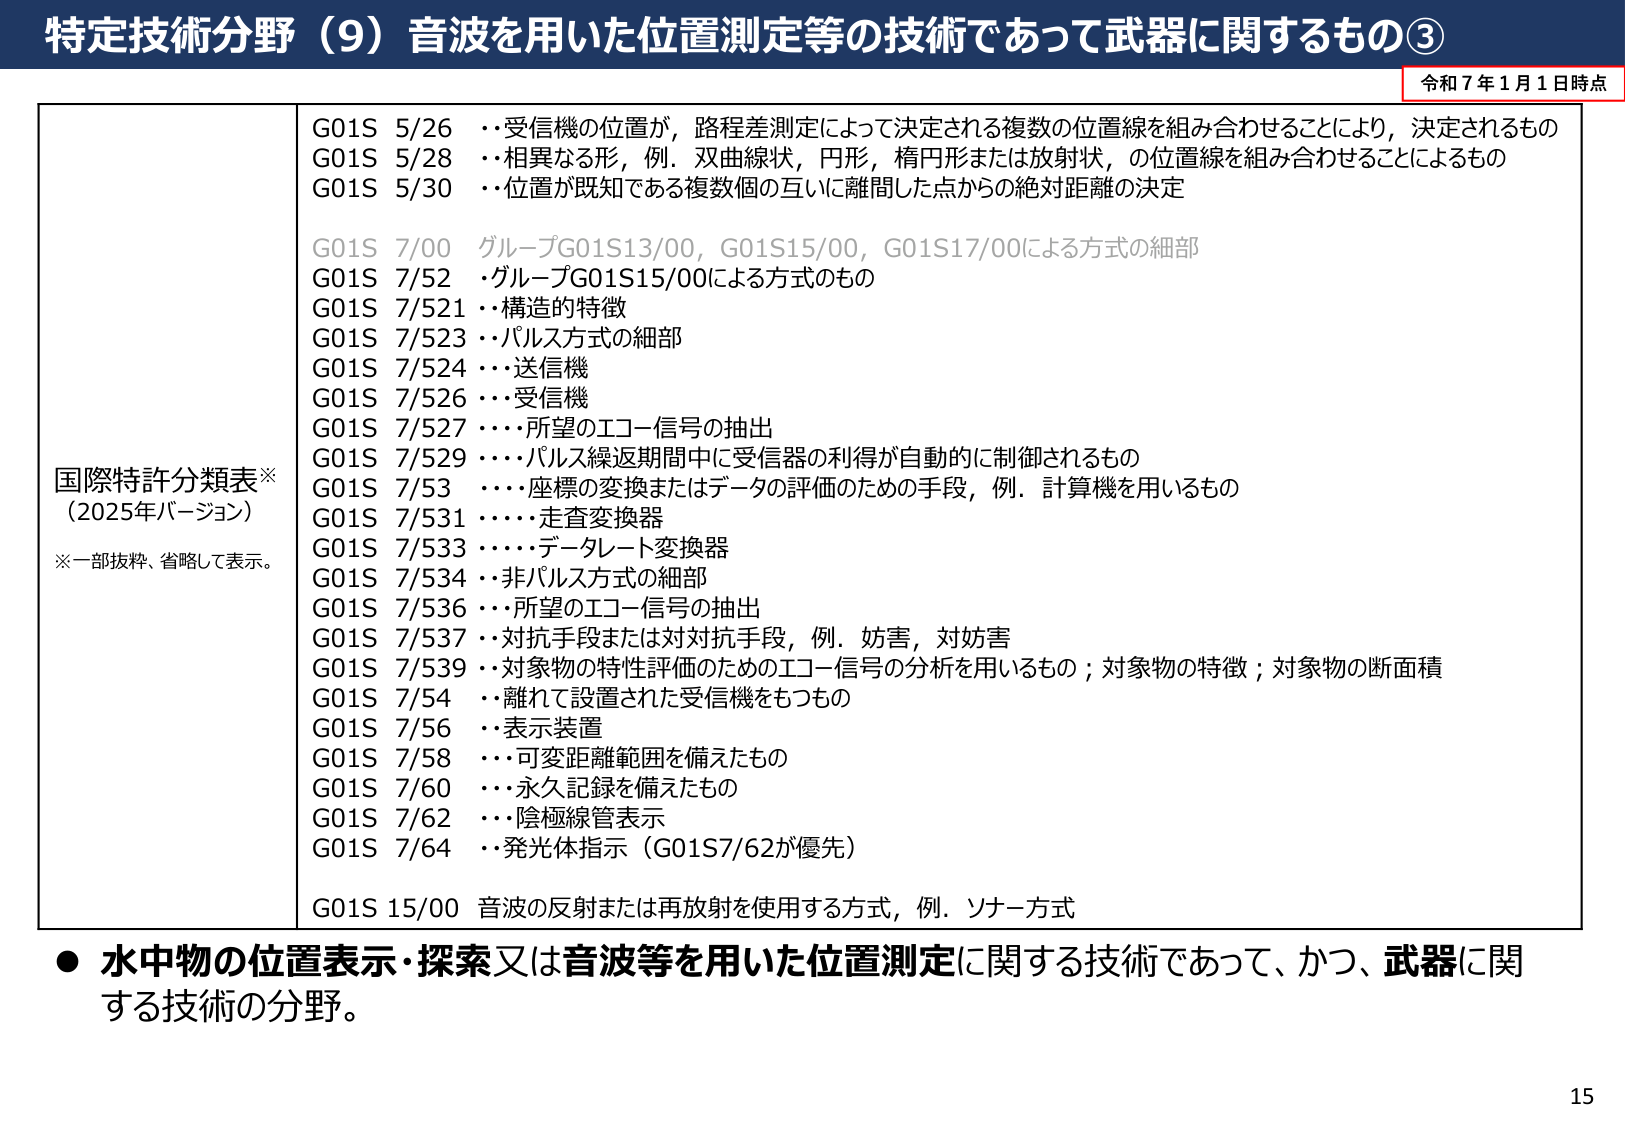
特定技術分野（9）音波を用いた位置測定等の技術であって武器に関するもの③

令和7年1月1日時点

国際特許分類表※
（2025年バージョン）
※一部抜粋、省略して表示。

G01S 5/26 ・・受信機の位置が、路程差測定によって決定される複数の位置線を組み合わせることにより、決定されるもの
G01S 5/28 ・・相異なる形，例．双曲線状，円形，楕円形または放射状，の位置線を組み合わせることによるもの
G01S 5/30 ・・位置が既知である複数個の互いに離間した点からの絶対距離の決定

G01S 7/00 グループG01S13/00，G01S15/00，G01S17/00による方式の細部
G01S 7/52 ･グループG01S15/00による方式のもの
G01S 7/521 ・・構造的特徴
G01S 7/523 ・・パルス方式の細部
G01S 7/524 ・・・送信機
G01S 7/526 ・・・受信機
G01S 7/527 ・・・・所望のエコー信号の抽出
G01S 7/529 ・・・・パルス繰返期間中に受信器の利得が自動的に制御されるもの
G01S 7/53 ・・・・座標の変換またはデータの評価のための手段，例．計算機を用いるもの
G01S 7/531 ・・・・・走査変換器
G01S 7/533 ・・・・・データレート変換器
G01S 7/534 ・・・・・非パルス方式の細部
G01S 7/536 ・・・所望のエコー信号の抽出
G01S 7/537 ・・対抗手段または対対抗手段，例．妨害，対妨害
G01S 7/539 ・・対象物の特性評価のためのエコー信号の分析を用いるもの；対象物の特徴；対象物の断面積
G01S 7/54 ・・離れて設置された受信機をもつもの
G01S 7/56 ・・表示装置
G01S 7/58 ・・・可変距離範囲を備えたもの
G01S 7/60 ・・・永久記録を備えたもの
G01S 7/62 ・・・陰極線管表示
G01S 7/64 ・・発光体指示（G01S7/62が優先）

G01S 15/00 音波の反射または再放射を使用する方式，例．ソナー方式

● 水中物の位置表示・探索又は音波等を用いた位置測定に関する技術であって、かつ、武器に関する技術の分野。

15